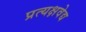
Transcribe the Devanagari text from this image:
प्रत्यक्षवेद्य